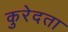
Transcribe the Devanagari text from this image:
कुरेदता